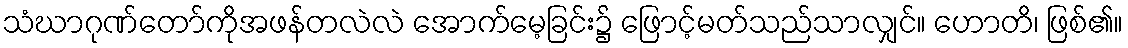
သံဃာဂုဏ်တော်ကိုအဖန်တလဲလဲ အောက်မေ့ခြင်း၌ ဖြောင့်မတ်သည်သာလျှင်။ ဟောတိ၊ ဖြစ်၏။